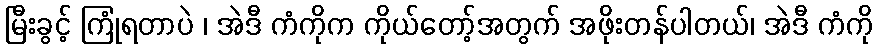
မြီးခွင့် ကြုံရတာပဲ ၊ အဲဒီ ကံကိုက ကိုယ်တော့်အတွက် အဖိုးတန်ပါတယ်၊ အဲဒီ ကံကို